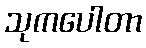
သုကပေါတာ